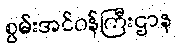
စွမ်းအင်ဝန်ကြီးဌာန